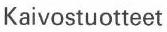
 Kaivostuotteet